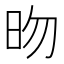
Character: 昒